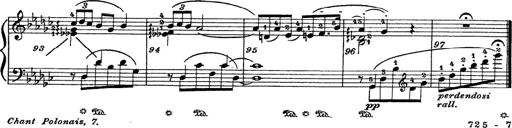
Title: 6 Polish Songs
Composer: Franz Liszt